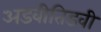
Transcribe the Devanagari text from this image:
अडवीतिडवी